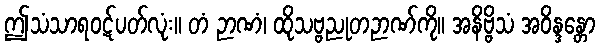
ဤသံသာရဝဋ်ပတ်လုံး။ တံ ဉာဏံ၊ ထိုသဗ္ဗညုတဉာဏ်ကို။ အနိဗ္ဗိသံ အဝိန္ဒန္တော